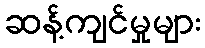
ဆန့်ကျင်မှုများ